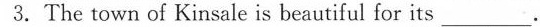
3.The town of Kinsale is beautiful for its ___.